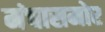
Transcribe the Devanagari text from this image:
मंचासमोर